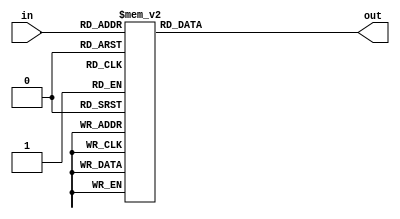
`timescale 1ns / 1ps
//////////////////////////////////////////////////////////////////////////////////
// Company: 
// Engineer: 
// 
// Design Name: 
// Module Name: Shift_Add3_algorithm
// Project Name: 
// Target Devices: 
// Tool Versions: 
// Description: 
// 
// Dependencies: 
// 
// Revision:
// Revision 0.01 - File Created
// Additional Comments:
// 
//////////////////////////////////////////////////////////////////////////////////


module Shift_Add3_algorithm(
    input [3:0] in, // four input
    output reg [3:0] out // four outputs
    );
    
    always @(in) // describing an event that should happen to input when a certain condition is set
    case(in) // descision instruction that executes the statement
    
    4'b0000: out<=4'b0000; // 0
    4'b0001: out<=4'b0001; // 1
    4'b0010: out<=4'b0010; // 2
    4'b0011: out<=4'b0011; // 3
    4'b0100: out<=4'b0100; // 4
    4'b0101: out<=4'b1000; // 5 - Adding 3 because 5 = 5 (8)
    4'b0110: out<=4'b1001; // 6 - Adding 3 because 6 > 5 (9)
    4'b0111: out<=4'b1010; // 7 - Adding 3 because 7 > 5 (10)
    4'b1000: out<=4'b1011; // 8 - Adding 3 because 8 > 5 (11)
    4'b1001: out<=4'b1100; // 9 - Adding 3 because 9 > 5 (12)
    default: out<=4'b0000;
    endcase
    
endmodule